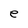
Character: e